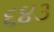
૬૪૩